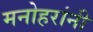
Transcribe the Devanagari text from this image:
मनोहरांनी